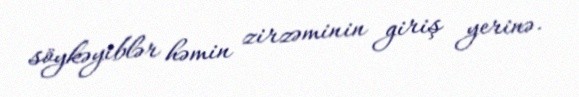
söykəyiblər həmin zirzəminin giriş yerinə.